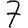
Digit: 7